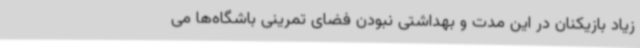
زیاد بازیکنان در این مدت و بهداشتی نبودن فضای تمرینی باشگاه‌ها می